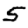
Digit: 5